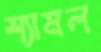
শ্যামল